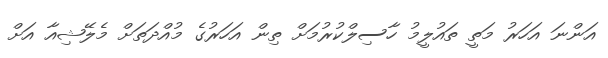
އަންނަ އަހަރު މަތީ ތައުލީމު ހާސިލްކުރުމަށް ތިން އަހަރުގެ މުއްދަތަށް މެލޭޝިއާ އަށް